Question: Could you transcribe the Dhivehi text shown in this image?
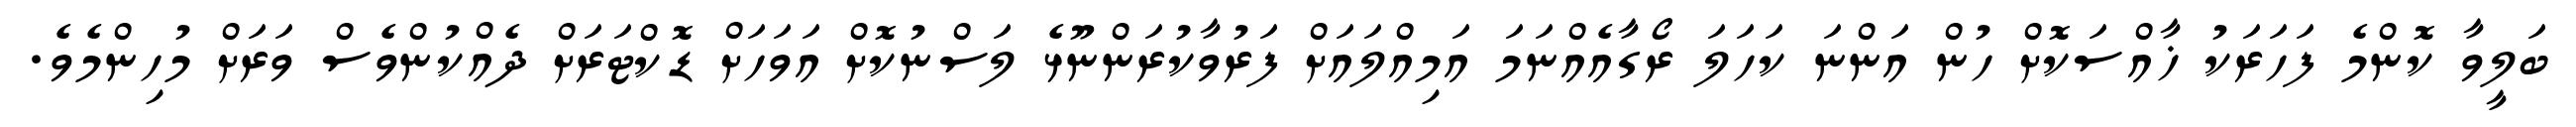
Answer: ބަލީވާ ކޮންމެ ފަހަރަކު ޚާއްސަކޮށް ހުން އަންނަ ކަހަލަ ރޯގާއެއްނަމަ އަމިއްލައަށް ފަރުވާކުރަންނޫޅެ ލަސްނުކޮށް އަވަހަށް ޑޮކްޓަރަށް ދެއްކުންވެސް ވަރަށް މުހިންމެވެ.